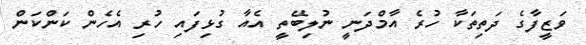
ވަޒީފާގެ ދަތިތަކާ ހުރެ އާމްދަނީ ނުލިބޭތީ އެއާ ގުޅިފައި ހުރި އެހެން ކަންކަން